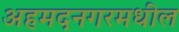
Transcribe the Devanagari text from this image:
अहमदनगरमधील